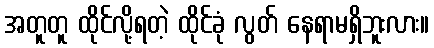
အတူတူ ထိုင်လို့ရတဲ့ ထိုင်ခုံ လွတ် နေရာမရှိဘူးလား။